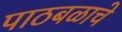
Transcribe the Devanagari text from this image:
पाठबळाचे